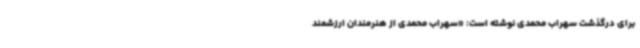
برای درگذشت سهراب محمدی نوشته است: «سهراب محمدی از هنرمندان ارزشمند